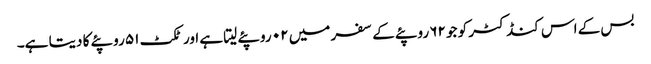
بس کے اس کنڈکٹر کو جو ۶۲ روپئے کے سفر میں ۰۲ روپئے لیتا ہے اور ٹکٹ ۵۱ روپئے کا دیتا ہے۔